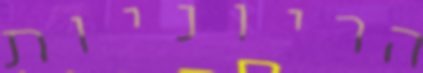
הריוניות